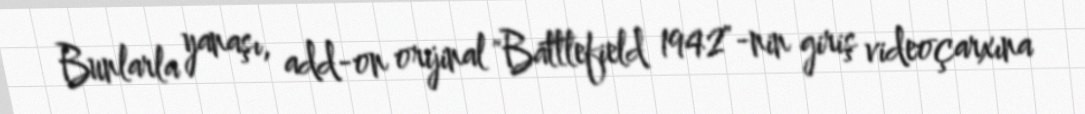
Bunlarla yanaşı, add-on orijinal "Battlefield 1942"-nin giriş videoçarxına